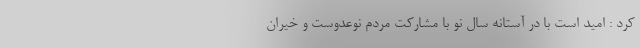
کرد : امید است با در آستانه سال نو با مشارکت مردم نوعدوست و خیّران